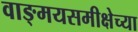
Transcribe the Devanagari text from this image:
वाङ्‌मयसमीक्षेच्या